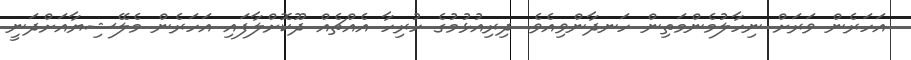
އަހަރެން ވަރަށް ނިހާލުމެންމަތިން ހަނދާންވިއެވެ. ދިރިއުޅުމުގެ ހުރިހާ އެއްޗެއް ދޫކޮށްލާފައި އަހަރެން މެލޭޝިޔާއަށްދަނީ